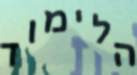
הלימוד